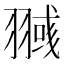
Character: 𰭥